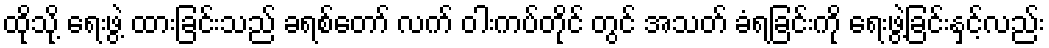
ထိုသို့ ရေးဖွဲ့ ထားခြင်းသည် ခရစ်တော် လက် ဝါးကပ်တိုင် တွင် အသတ် ခံရခြင်းကို ရေးဖွဲ့ခြင်းနှင့်လည်း